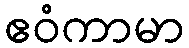
ဧဝံကာမာ